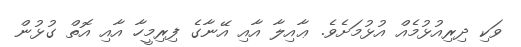
ވަކި ދިރިއުޅުމެއް އުޅުމަށެވެ. ޢާއިލާ އާއި އޭނާގެ ފިރިމީހާ އާއި އޮތް ގުޅުން